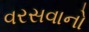
વરસવાનો